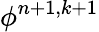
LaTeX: \phi^{n+1,k+1}